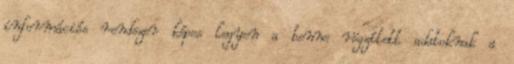
információs rendszer képes legyen a benne rögzített adatoknak a